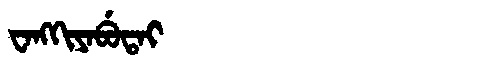
Manchu: ᠸᠠᠩᡴᡳᠶᠠᠪᡠᡨᠠᡳ
Romanization: WANGKIYABUTAI